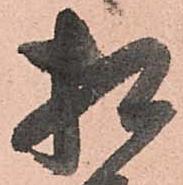
相